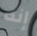
إنه